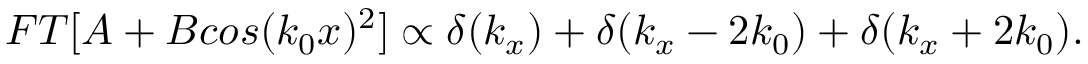
F T [ A + B c o s ( k _ { 0 } x ) ^ { 2 } ] \propto \delta ( k _ { x } ) + \delta ( k _ { x } - 2 k _ { 0 } ) + \delta ( k _ { x } + 2 k _ { 0 } ) .